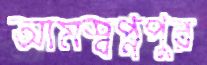
আমস্বপ্নপুর